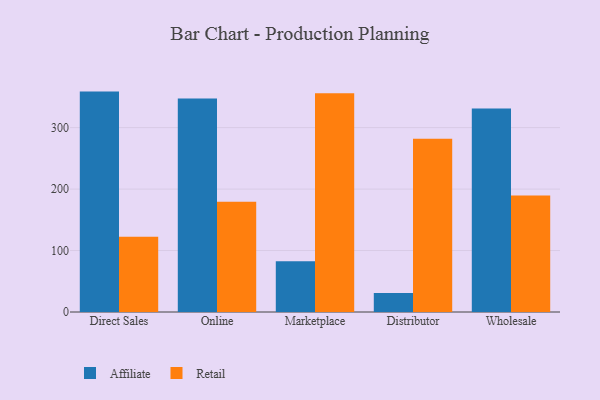
{"axis": {"x": "Channel", "y": "Headcount"}, "legend": ["Affiliate", "Retail"], "data": [{"x": "Direct Sales", "y": 358.6, "type": "Affiliate"}, {"x": "Direct Sales", "y": 122.4, "type": "Retail"}, {"x": "Online", "y": 347.3, "type": "Affiliate"}, {"x": "Online", "y": 179.2, "type": "Retail"}, {"x": "Marketplace", "y": 82.4, "type": "Affiliate"}, {"x": "Marketplace", "y": 356.0, "type": "Retail"}, {"x": "Distributor", "y": 31.1, "type": "Affiliate"}, {"x": "Distributor", "y": 282.0, "type": "Retail"}, {"x": "Wholesale", "y": 331.2, "type": "Affiliate"}, {"x": "Wholesale", "y": 189.4, "type": "Retail"}]}